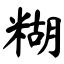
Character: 糊